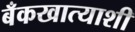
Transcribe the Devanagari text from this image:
बँकखात्याशी